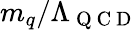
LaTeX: m_{q}/\Lambda_{\mathrm{~Q~C~D~}}